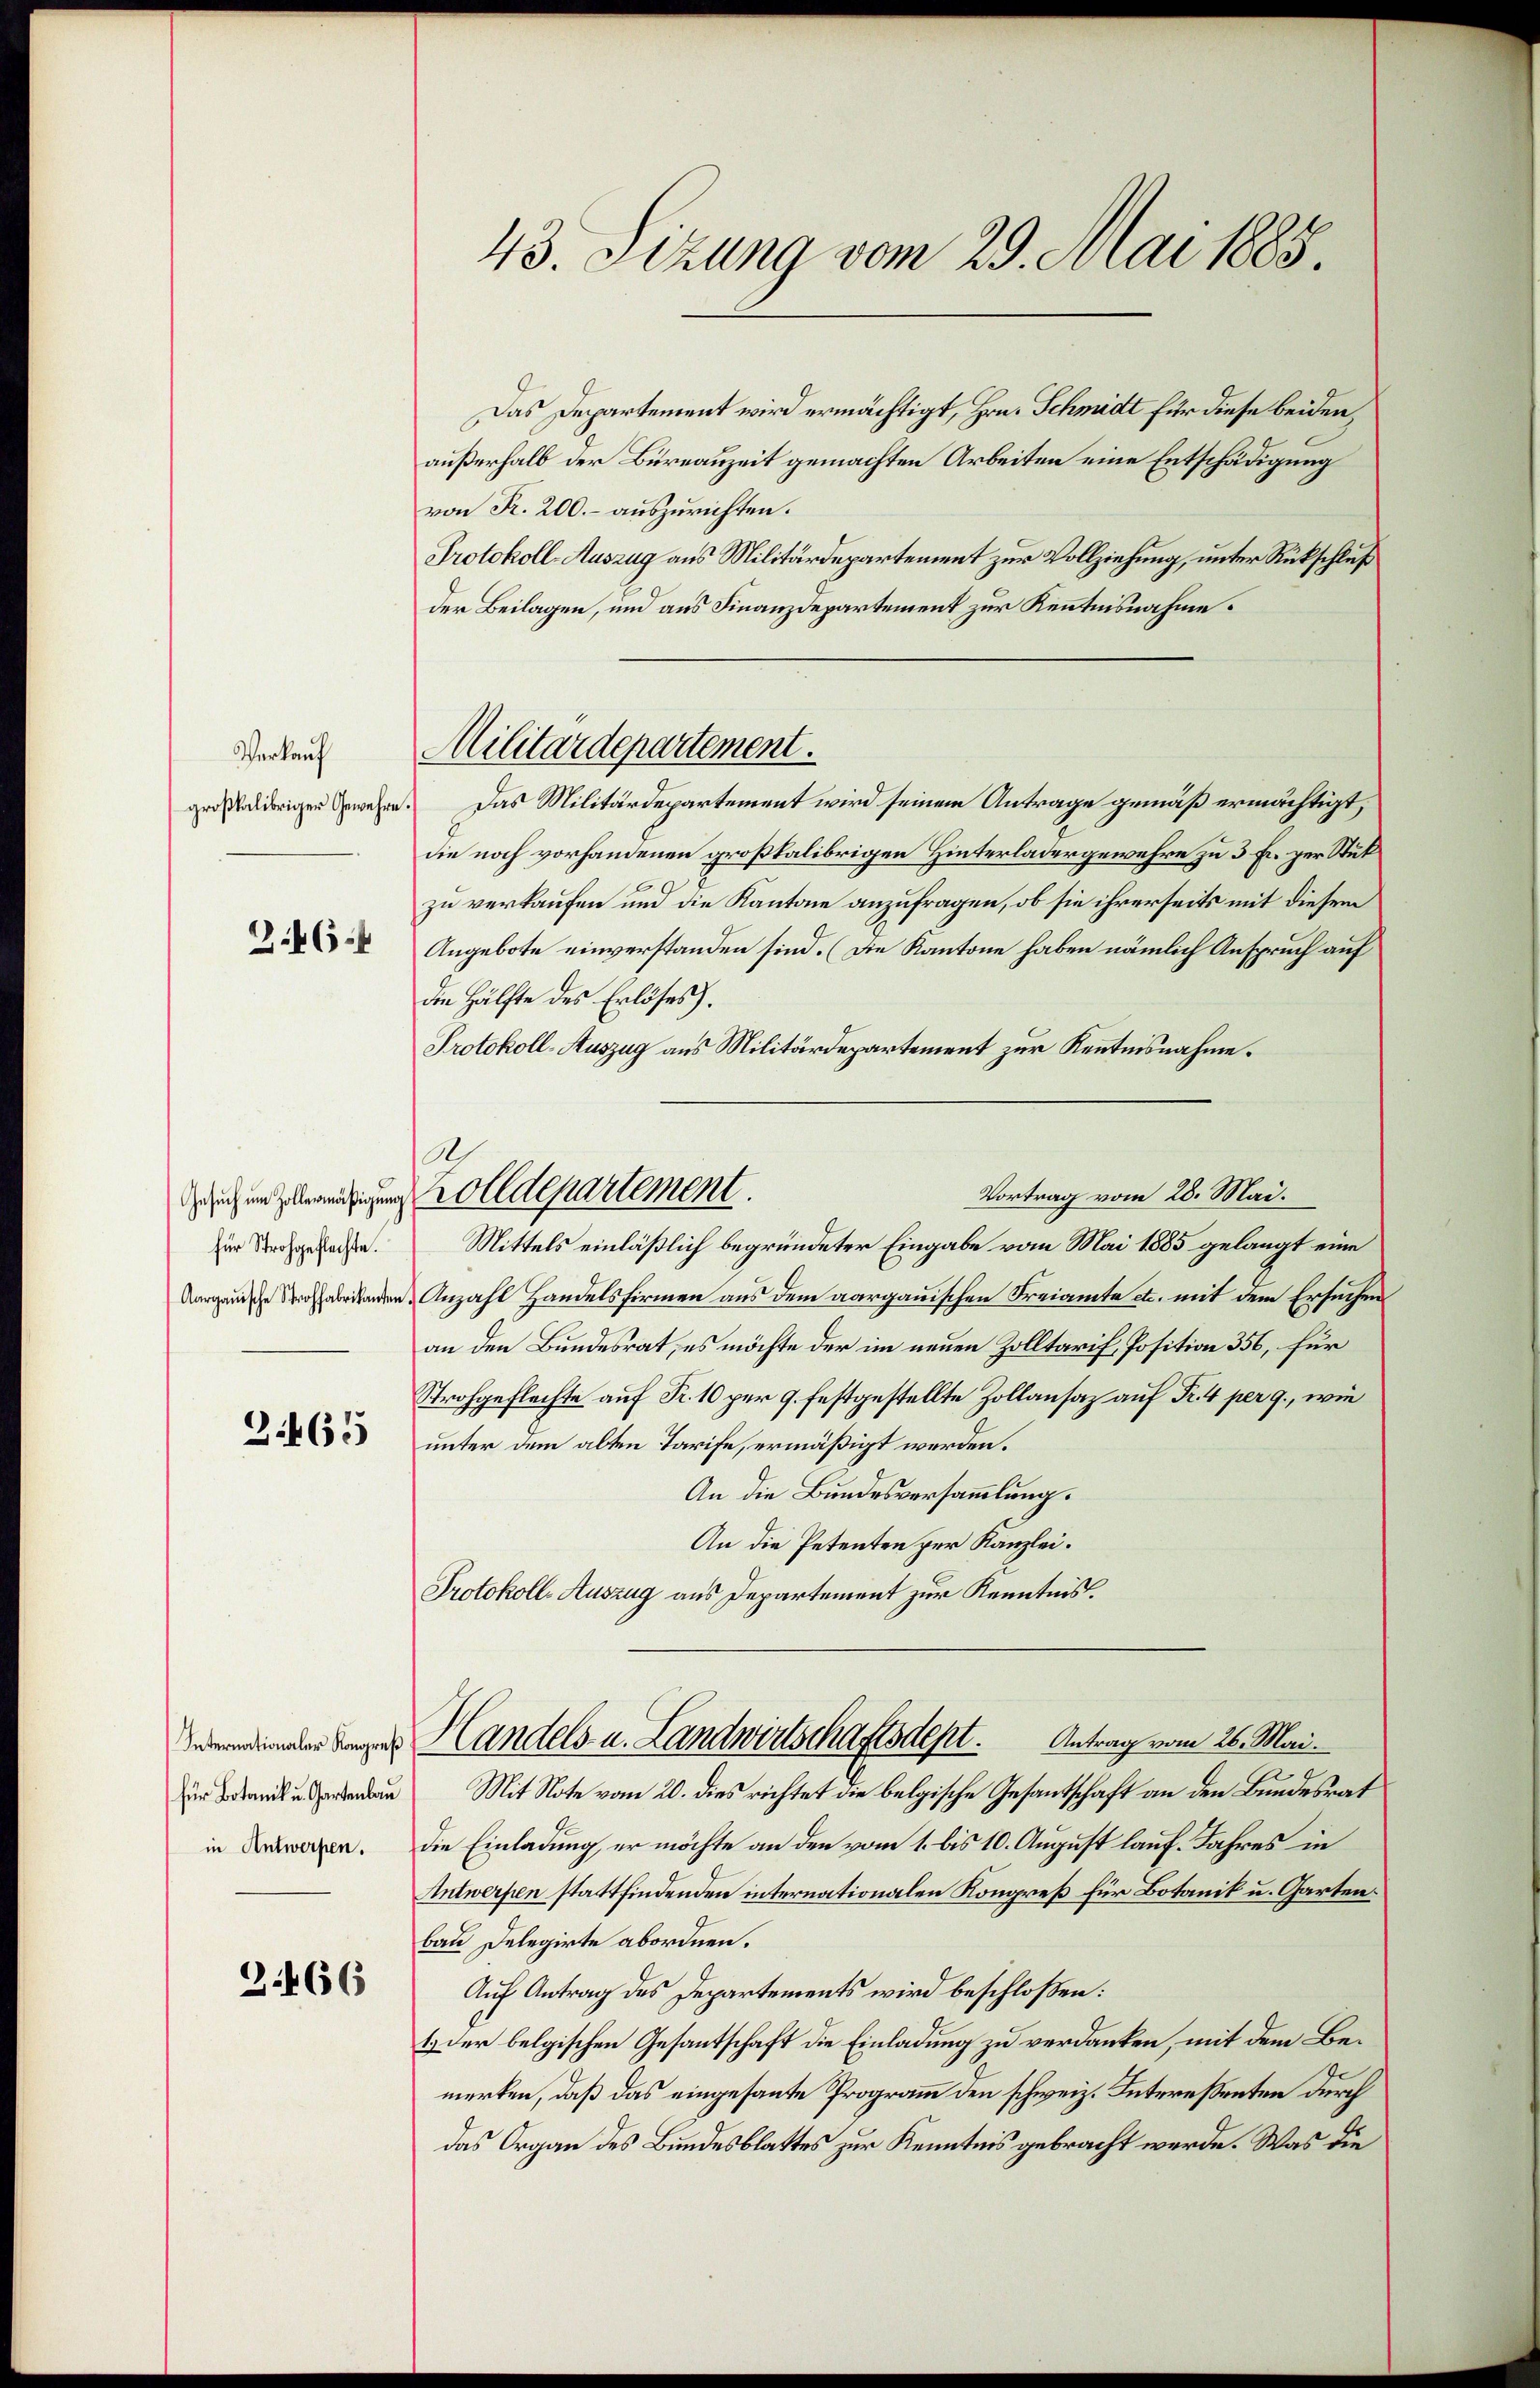
Verkauf
großkalibriger Gewehre
2.46:

für Strohgeflachte.

3665

Internationaler Kongreß
für Botanik u. Gartenbau

3.466

43. Sizung vom 29. Mai 1885.

Das Departement wird ermächtigt, Hrn. Schmidt für diese beiden,
außerhalb der Büreauzeit gemachten Arbeiten eine Entschädigung
von R. 200.- auszurichten.
Protokoll-Auszug aus Militärdepartement zur Vollziehung, unter Rückschluß
der Beilagen, und aus Finanzdepartement zur Kenntnisnahme.
Das Militärdepartement wird seinem Antrage gemäß ermächtigt,
die noch vorhandenen großkalibrigen Hinterladergewehre zu 3 Fr. per Stut
zu verkaufen und die Kantone anzufragen, ob sie ihrerseits mit diesem
Angebote einverstanden sind. (Die Kantone haben nämlich Anspruch auf
die Hälfte des Erlöses).
Protokoll-Auszug aus Militärdepartement zur Kenntnisnahme.
Mittels einläßlich begründeter Eingabe vom Mai 1885 gelangt eine
Aargauische habenden Anzahl Handelsfirmen aus dem aargauischen Freiamte etc. mit dem Ersuchen
an den Bundesrat, es möchte der im neuen Zolltarif, Position 356, für
Strohgeflechte auf Fr. 10 per 9. festgestellte Zollansaz auf Nr. 4 per 9., wie
unter dem alten Tarife, ermäßigt werden.
An die Bundesversammlung.
An die Petenten per Kanzlei.
Protokoll-Auszug aus Departement zur Kenntnis.
Handels- u. Landwirtschaftsdept. Antrag vom 26. Mai.
Mit Note vom 20. dies richtet die belgische Gesantschaft an den Bundesrat
in Beweren. Die Einladung, er möchte an den vom 1. bis 10. August lauf. Jahres in
Antwerfen stattfindenden internationalen Kongreß für Botanik u. Garten.
bau Delegirte abordnen.
Auf Antrag des Departements wird beschloßen:
1.) Der belgischen Gesantschaft die Einladung zu verdanken, mit dem Bemerken, daß das eingesante Programm den schweiz. Interessenten durch
das Organ des Bundesblattes zur Kenntnis gebracht werde. Was die

Militärdepartement.

Ar
Vortrag vom 28. Mai.
Gesich und zeigen Zolldepartement.